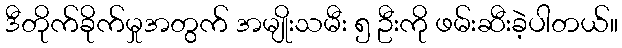
ဒီတိုက်ခိုက်မှုအတွက် အမျိုးသမီး ၅ ဦးကို ဖမ်းဆီးခဲ့ပါတယ်။